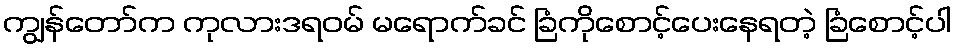
ကျွန်တော်က ကုလားဒရဝမ် မရောက်ခင် ခြံကိုစောင့်ပေးနေရတဲ့ ခြံစောင့်ပါ